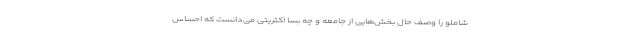
شاملو را وصف حال بخش‌هایی از جامعه و چه بسا اکثریتی می‌دانست که احساس